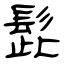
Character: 髭